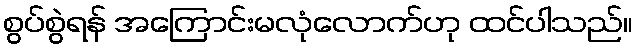
စွပ်စွဲရန် အကြောင်းမလုံလောက်ဟု ထင်ပါသည်။